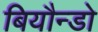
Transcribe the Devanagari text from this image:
बियौन्डो